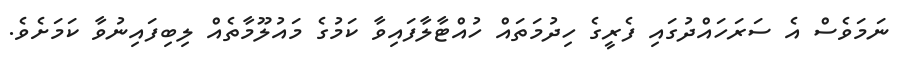
ނަމަވެސް އެ ސަރަހައްދުގައި ފެރީގެ ހިދުމަތައް ހުއްޓާލާފައިވާ ކަމުގެ މައުލޫމާތެއް ލިބިފައިނުވާ ކަމަށެވެ.